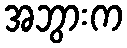
အဘွားက